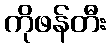
ကိုဖန်တီး